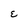
Character: E